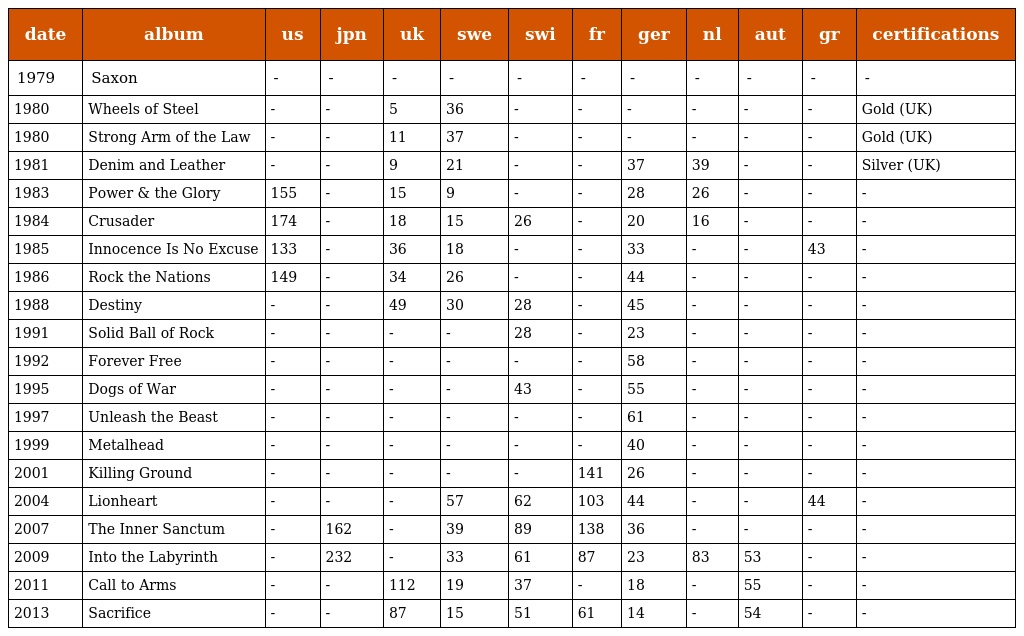
| date | album | us | jpn | uk | swe | swi | fr | ger | nl | aut | gr | certifications |
 | --- | --- | --- | --- | --- | --- | --- | --- | --- | --- | --- | --- | --- |
 | 1979 | Saxon | - | - | - | - | - | - | - | - | - | - | - |
 | 1980 | Wheels of Steel | - | - | 5 | 36 | - | - | - | - | - | - | Gold (UK) |
 | 1980 | Strong Arm of the Law | - | - | 11 | 37 | - | - | - | - | - | - | Gold (UK) |
 | 1981 | Denim and Leather | - | - | 9 | 21 | - | - | 37 | 39 | - | - | Silver (UK) |
 | 1983 | Power & the Glory | 155 | - | 15 | 9 | - | - | 28 | 26 | - | - | - |
 | 1984 | Crusader | 174 | - | 18 | 15 | 26 | - | 20 | 16 | - | - | - |
 | 1985 | Innocence Is No Excuse | 133 | - | 36 | 18 | - | - | 33 | - | - | 43 | - |
 | 1986 | Rock the Nations | 149 | - | 34 | 26 | - | - | 44 | - | - | - | - |
 | 1988 | Destiny | - | - | 49 | 30 | 28 | - | 45 | - | - | - | - |
 | 1991 | Solid Ball of Rock | - | - | - | - | 28 | - | 23 | - | - | - | - |
 | 1992 | Forever Free | - | - | - | - | - | - | 58 | - | - | - | - |
 | 1995 | Dogs of War | - | - | - | - | 43 | - | 55 | - | - | - | - |
 | 1997 | Unleash the Beast | - | - | - | - | - | - | 61 | - | - | - | - |
 | 1999 | Metalhead | - | - | - | - | - | - | 40 | - | - | - | - |
 | 2001 | Killing Ground | - | - | - | - | - | 141 | 26 | - | - | - | - |
 | 2004 | Lionheart | - | - | - | 57 | 62 | 103 | 44 | - | - | 44 | - |
 | 2007 | The Inner Sanctum | - | 162 | - | 39 | 89 | 138 | 36 | - | - | - | - |
 | 2009 | Into the Labyrinth | - | 232 | - | 33 | 61 | 87 | 23 | 83 | 53 | - | - |
 | 2011 | Call to Arms | - | - | 112 | 19 | 37 | - | 18 | - | 55 | - | - |
 | 2013 | Sacrifice | - | - | 87 | 15 | 51 | 61 | 14 | - | 54 | - | - |